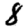
Digit: 8